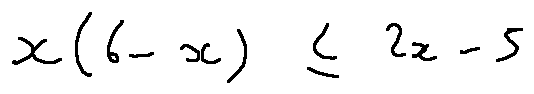
x ( 6 - x ) \leq 2 x - 5